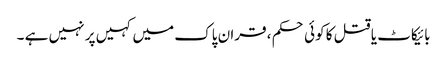
بائیکاٹ یا قتل کا کوئی حکم ، قران پاک میں کہیں پر نہیں ہے ۔